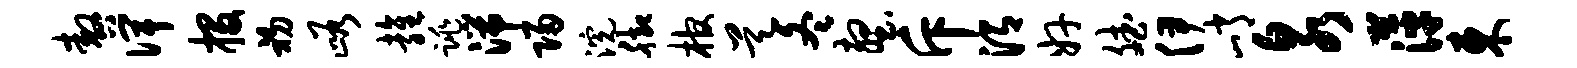
嗷俾投初峪雍跳湍归浣脚棺昊冬壑斥渭奸斌伊峭泉萍东